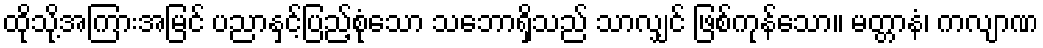
ထိုသို့အကြားအမြင် ပညာနှင့်ပြည့်စုံသော သဘောရှိသည် သာလျှင် ဖြစ်ကုန်သော။ မတ္တာနံ၊ ကလျာဏ